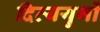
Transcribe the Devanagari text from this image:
दिव्ययुगों